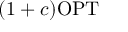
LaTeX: ( 1 + c ) \mathrm { O P T }